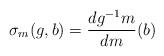
LaTeX: \begin{align*}\sigma_m(g,b) = \frac{dg^{-1}m}{dm}(b)\end{align*}